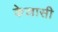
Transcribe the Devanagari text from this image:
केलासी